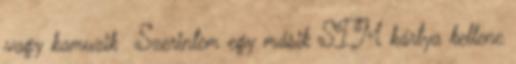
vagy kamuzik Szerintem egy másik SIM kártya kellene